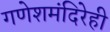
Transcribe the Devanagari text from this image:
गणेशमंदिरेही